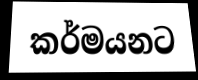
කර්මයනට